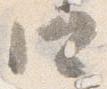
口